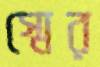
স্মের